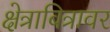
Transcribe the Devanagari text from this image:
क्षेत्राबित्रावर